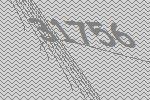
31756